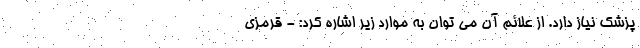
پزشک نیاز دارد. از علائم آن می توان به موارد زیر اشاره کرد: - قرمزی